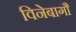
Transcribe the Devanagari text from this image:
विनेबागौ